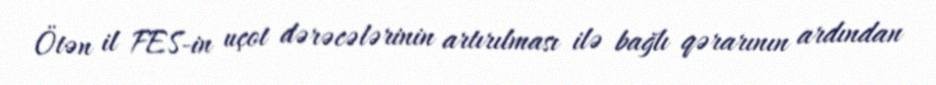
Ötən il FES-in uçot dərəcələrinin artırılması ilə bağlı qərarının ardından